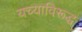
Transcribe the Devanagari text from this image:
यच्याविरूद्ध